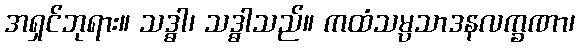
အရှင်ဘုရား။ သဒ္ဓါ၊ သဒ္ဓါသည်။ ကထံသမ္ပသာဒနလက္ခဏာ၊